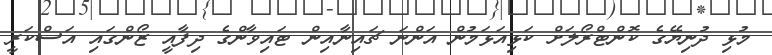
މުޅި ދުނިޔޭގެ ކޮންޓްރޯލަށް ކަޅިއަޅަމުން އަންނަ ޗައިނާއިން ޓައިވާންގެ ދިފާއީ ޒޯންގައި އަސްކަރީ